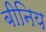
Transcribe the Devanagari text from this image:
बीनिय